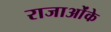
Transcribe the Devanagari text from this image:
राजाओंके